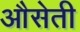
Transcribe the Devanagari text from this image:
औसेती